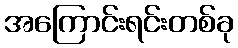
အကြောင်းရင်းတစ်ခု